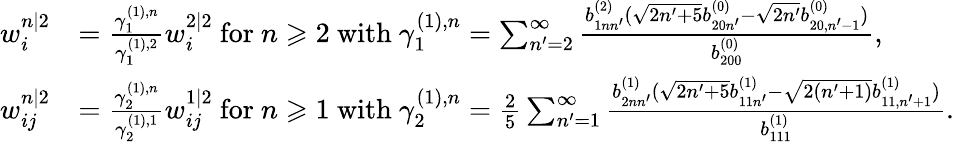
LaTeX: \begin{array}{rl}{w_{i}^{n|2}}&{=\frac{\gamma_{1}^{(1),n}}{\gamma_{1}^{(1),2}}w_{i}^{2|2}\mathrm{~for~}n\geqslant 2\mathrm{~with~}\gamma_{1}^{(1),n}=\sum_{n^{\prime}=2}^{\infty}\frac{b_{1nn^{\prime}}^{(2)}(\sqrt{2n^{\prime}+5}b_{20n^{\prime}}^{(0)}-\sqrt{2n^{\prime}}b_{20,n^{\prime}-1}^{(0)})}{b_{200}^{(0)}},}\\ {w_{ij}^{n|2}}&{=\frac{\gamma_{2}^{(1),n}}{\gamma_{2}^{(1),1}}w_{ij}^{1|2}\mathrm{~for~}n\geqslant 1\mathrm{~with~}\gamma_{2}^{(1),n}=\frac{2}{5}\sum_{n^{\prime}=1}^{\infty}\frac{b_{2nn^{\prime}}^{(1)}(\sqrt{2n^{\prime}+5}b_{11n^{\prime}}^{(1)}-\sqrt{2(n^{\prime}+1)}b_{11,n^{\prime}+1}^{(1)})}{b_{111}^{(1)}}.}\end{array}